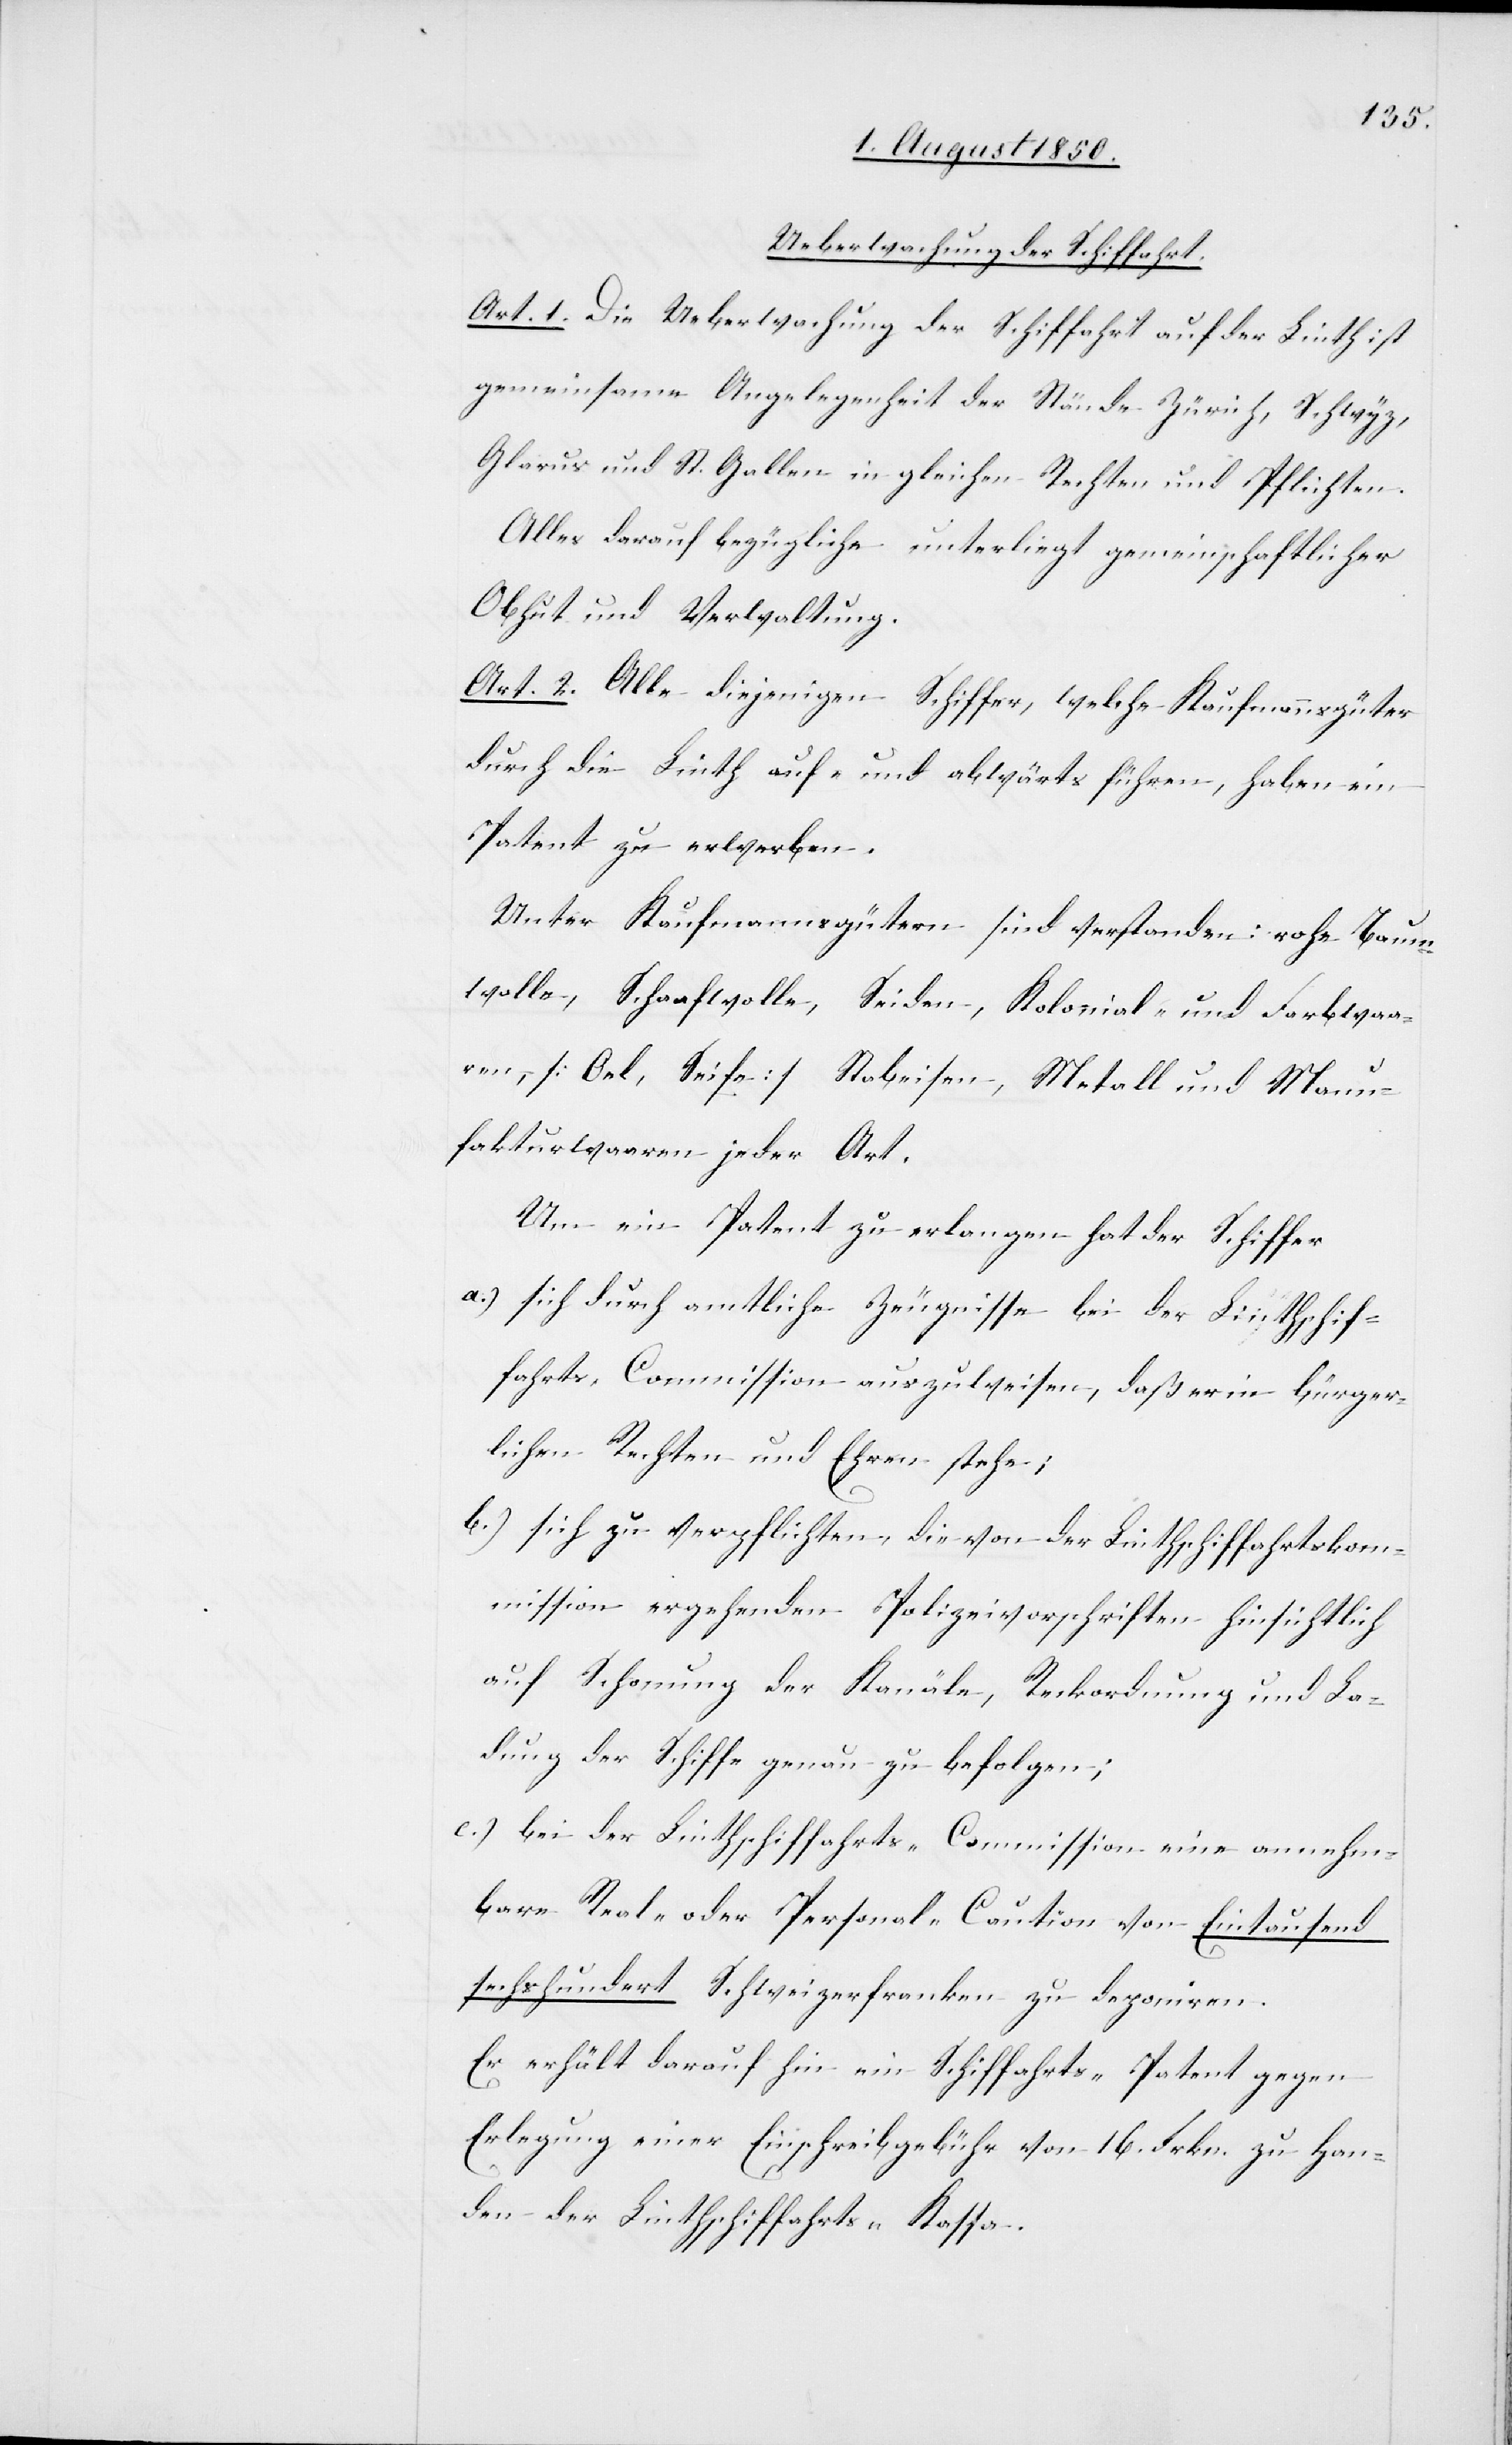
Ueberwachung der Schiffahrt.
Art. 1. Die Ueberwachung der Schiffahrt auf der Linth ist
gemeinsame Angelegenheit der Stände Zürich, Schwyz,
Glarus und St. Gallen in gleichen Rechten und Pflichten.
Alles darauf bezügliche unterliegt gemeinschaftlicher
Obhut und Verwaltung.
Art. 2. Alle diejenigen Schiffer, welche Kaufmannsgüter
durch die Linth auf- und abwärts führen, haben ein
Patent zu erwerben.
Unter Kaufmannsgütern sind verstanden: rohe Baum¬
wolle, Schaafwolle, Seiden, Kolonial- und Farbwaa¬
ren, [Oel, Seife] Stabeisen, Metall und Manu¬
fakturwaaren jeder Art.
Um ein Patent zu erlangen hat der Schiffer
a.) sich durch amtliche Zeugnisse bei der Linthschif¬
fahrts-Commission auszuweisen, daß er in bürger¬
lichen Rechten und Ehren stehe;
b.) sich zu verpflichten, die von der Linthschiffahrtskom¬
mission ergehenden Polizeivorschriften hinsichtlich
auf Schonung der Kanäle, Reckordnung und La¬
dung der Schiffe genau zu befolgen;
c.) bei der Linthschiffahrts-Commission eine annehm¬
bare Real- oder Personal-Caution von Eintausend
sechshundert Schweizerfranken zu deponiren.
Er erhält darauf hin ein Schiffahrts-Patent gegen
Erlegung einer Einschreibgebühr von 16. Frkn. zu Han¬
den der Linthschiffahrts-Kassa.